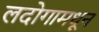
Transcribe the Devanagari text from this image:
लदोगामधून